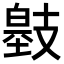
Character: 𢻞